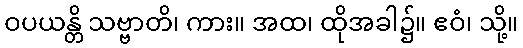
ဝပယန္တိ သဗ္ဗာတိ၊ ကား။ အထ၊ ထိုအခါ၌။ ဧဝံ၊ သို့။